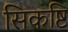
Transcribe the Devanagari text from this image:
सिकष्टि